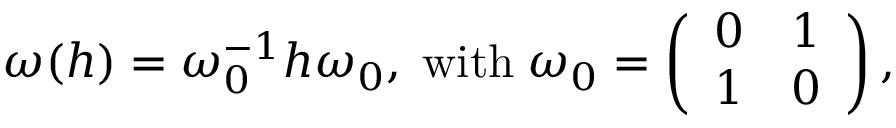
\omega ( h ) = \omega _ { 0 } ^ { - 1 } h \omega _ { 0 } , \; \mathrm { w i t h } \; \omega _ { 0 } = \left( \begin{array} { c c } { { 0 } } & { { 1 } } \\ { { 1 } } & { { 0 } } \end{array} \right) ,